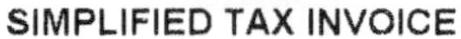
SIMPLIFIED TAX INVOICE